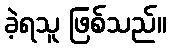
ခဲ့ရသူ ဖြစ်သည်။